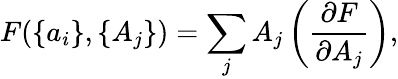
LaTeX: F(\{ a_{i}\} ,\{ A_{j}\} )=\sum_{j}A_{j}\left({\frac{\partial F}{\partial A_{j}}}\right),